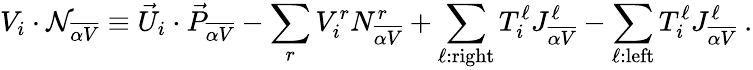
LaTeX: V_{i}\cdot{\cal N}_{\overline{{{\alpha V}}}}\equiv{\vec{U}}_{i}\cdot{\vec{P}}_{\overline{{{\alpha V}}}}-\sum_{r}V_{i}^{r}N_{\overline{{{\alpha V}}}}^{r}+\sum_{\ell:{\mathrm{right}}}T_{i}^{\ell}J_{\overline{{{\alpha V}}}}^{\ell}-\sum_{\ell:{\mathrm{left}}}T_{i}^{\ell}J_{\overline{{{\alpha V}}}}^{\ell}~.